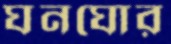
ঘনঘোর